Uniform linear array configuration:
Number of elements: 4
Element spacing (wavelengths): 1
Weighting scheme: cosine
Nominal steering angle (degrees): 30
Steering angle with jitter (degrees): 30.451
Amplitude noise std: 0.05
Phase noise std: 0.05

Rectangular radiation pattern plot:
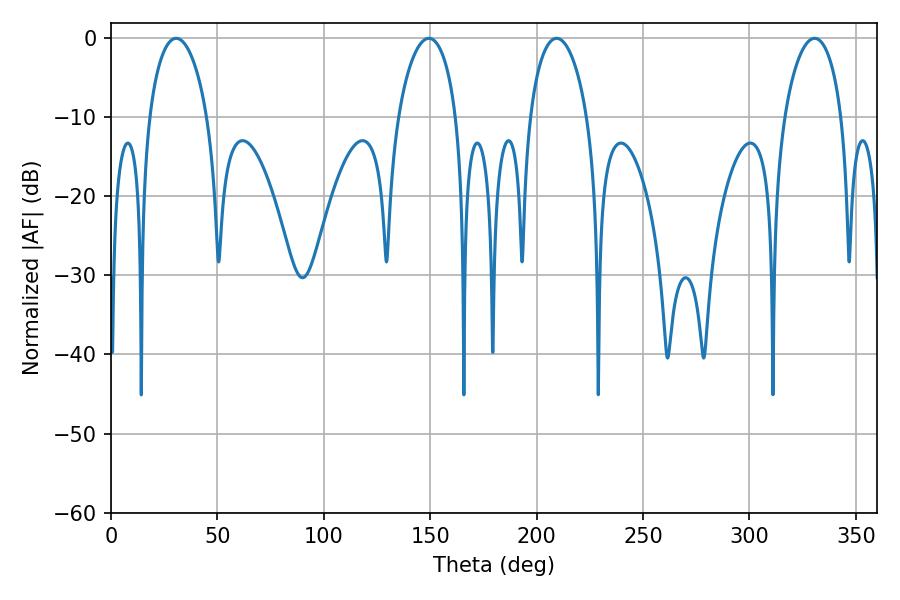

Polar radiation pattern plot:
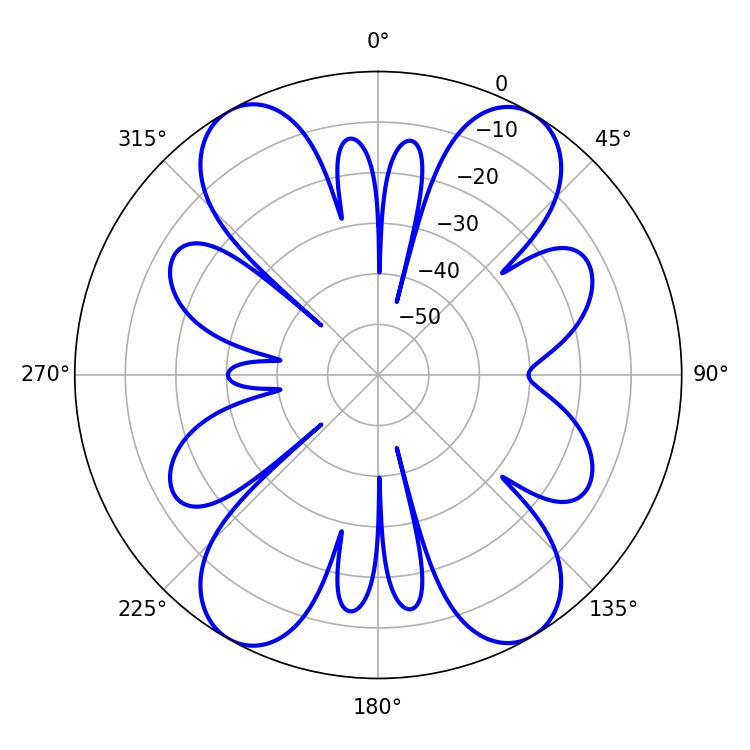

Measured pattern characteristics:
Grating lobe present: TRUE
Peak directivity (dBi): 20.037
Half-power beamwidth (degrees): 15.48
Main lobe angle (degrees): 30.6